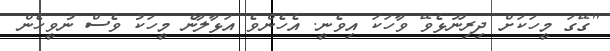
"ގޭގަ މީހަކަށް ދިރިނޫޅެވޭ ވާހަކަ އިވެނީ. އެހެންވެ އަޅާލާނެ މީހަކު ވެސް ނުވީހެން